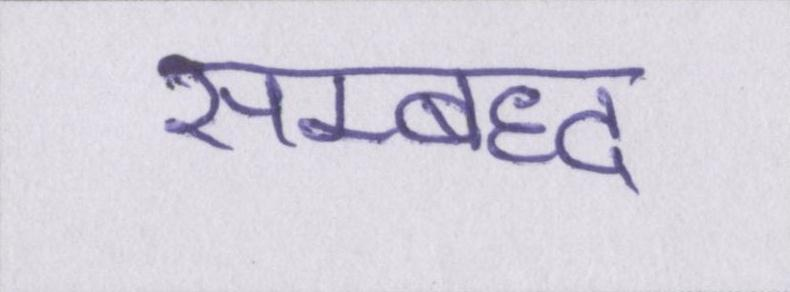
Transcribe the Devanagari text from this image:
सम्बध्द